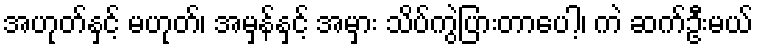
အဟုတ်နှင့် မဟုတ်၊ အမှန်နှင့် အမှား သိပ်ကွဲပြားတာပေါ့၊ ကဲ ဆက်ဦးမယ်